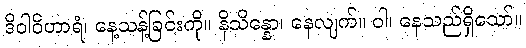
ဒိဝါဝိဟာရံ၊ နေ့သန့်ခြင်းကို။ နိသိန္နော၊ နေလျက်။ ဝါ၊ နေသည်ရှိသော်။